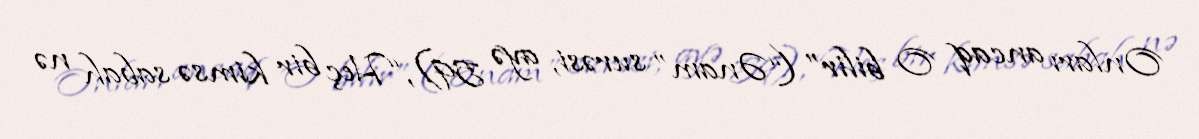
Onları ancaq O bilir” (“Ənam” surəsi, ayə 59), “Heç bir kimsə sabah nə